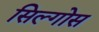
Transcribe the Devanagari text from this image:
सिल्गोस